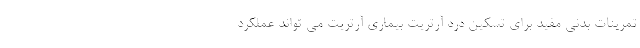
تمرینات بدنی مفید برای تسکین درد آرتریت بیماری آرتریت می تواند عملکرد